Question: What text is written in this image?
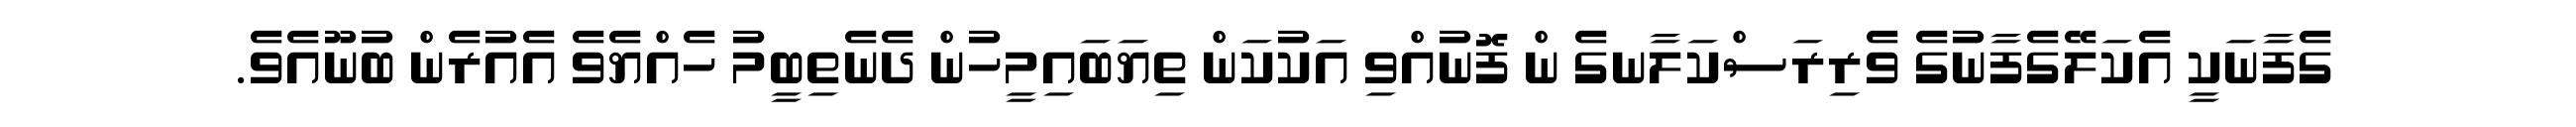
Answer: ގެފާނަކީ އެކަލޭގެފާނުގެ ވެރިރަސްކަލާނގެ ން ފޮނުއްވި އަކުކަން ތިޔަބައިމީހުން ދެނެތިބީމު ހެއްޔެވެ އެއުރެން ބުނޫއެވެ.